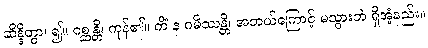
ဆိန္ဒိတွာ၊ ၍။ ဂစ္ဆန္တိ၊ ကုန်၏။ ကိံ န ဂမိဿန္တိ၊ အဘယ်ကြောင့် မသွားဘဲ ရှိအံ့နည်း။